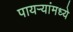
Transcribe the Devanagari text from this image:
पायऱ्यांमध्ये